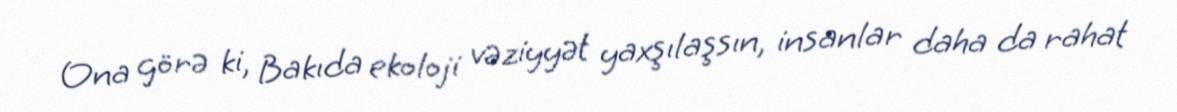
Ona görə ki, Bakıda ekoloji vəziyyət yaxşılaşsın, insanlar daha da rahat